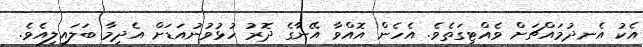
އެކު އެނދުމައްޗަށް ވެއްޓިގަތެވެ. އެހެން އޮއްވާ އޭނާގެ ދޮރު ހުޅުވުނުއަޑަށް އެދިމާ ބަލައިލިއެވެ.